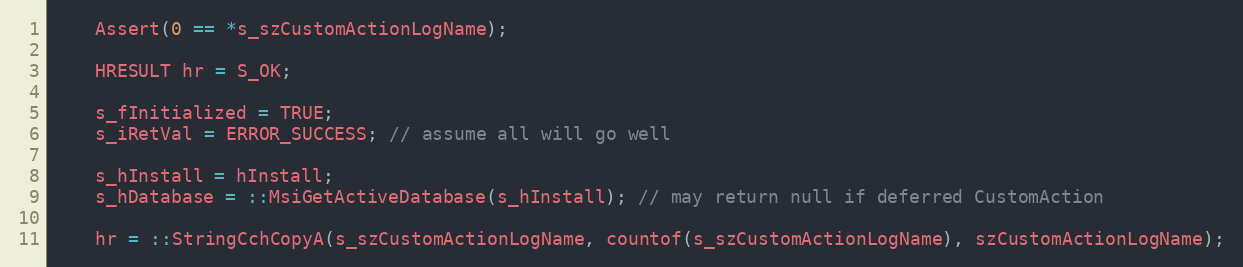
Language: C++
	Assert(0 == *s_szCustomActionLogName);

	HRESULT hr = S_OK;

	s_fInitialized = TRUE;
	s_iRetVal = ERROR_SUCCESS; // assume all will go well

	s_hInstall = hInstall;
	s_hDatabase = ::MsiGetActiveDatabase(s_hInstall); // may return null if deferred CustomAction

	hr = ::StringCchCopyA(s_szCustomActionLogName, countof(s_szCustomActionLogName), szCustomActionLogName);